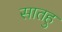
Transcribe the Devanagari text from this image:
सातहु